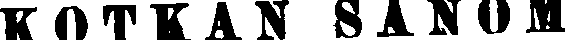
KOTKAN SANOM